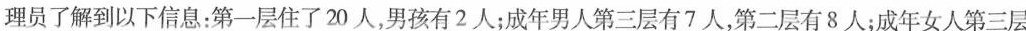
理员了解到以下信息：第一层住了20人，男孩有2人；成年男人第三层有7人，第二层有8人；成年女人第三层